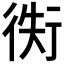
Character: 𢔖